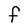
Character: F